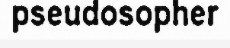
pseudosopher